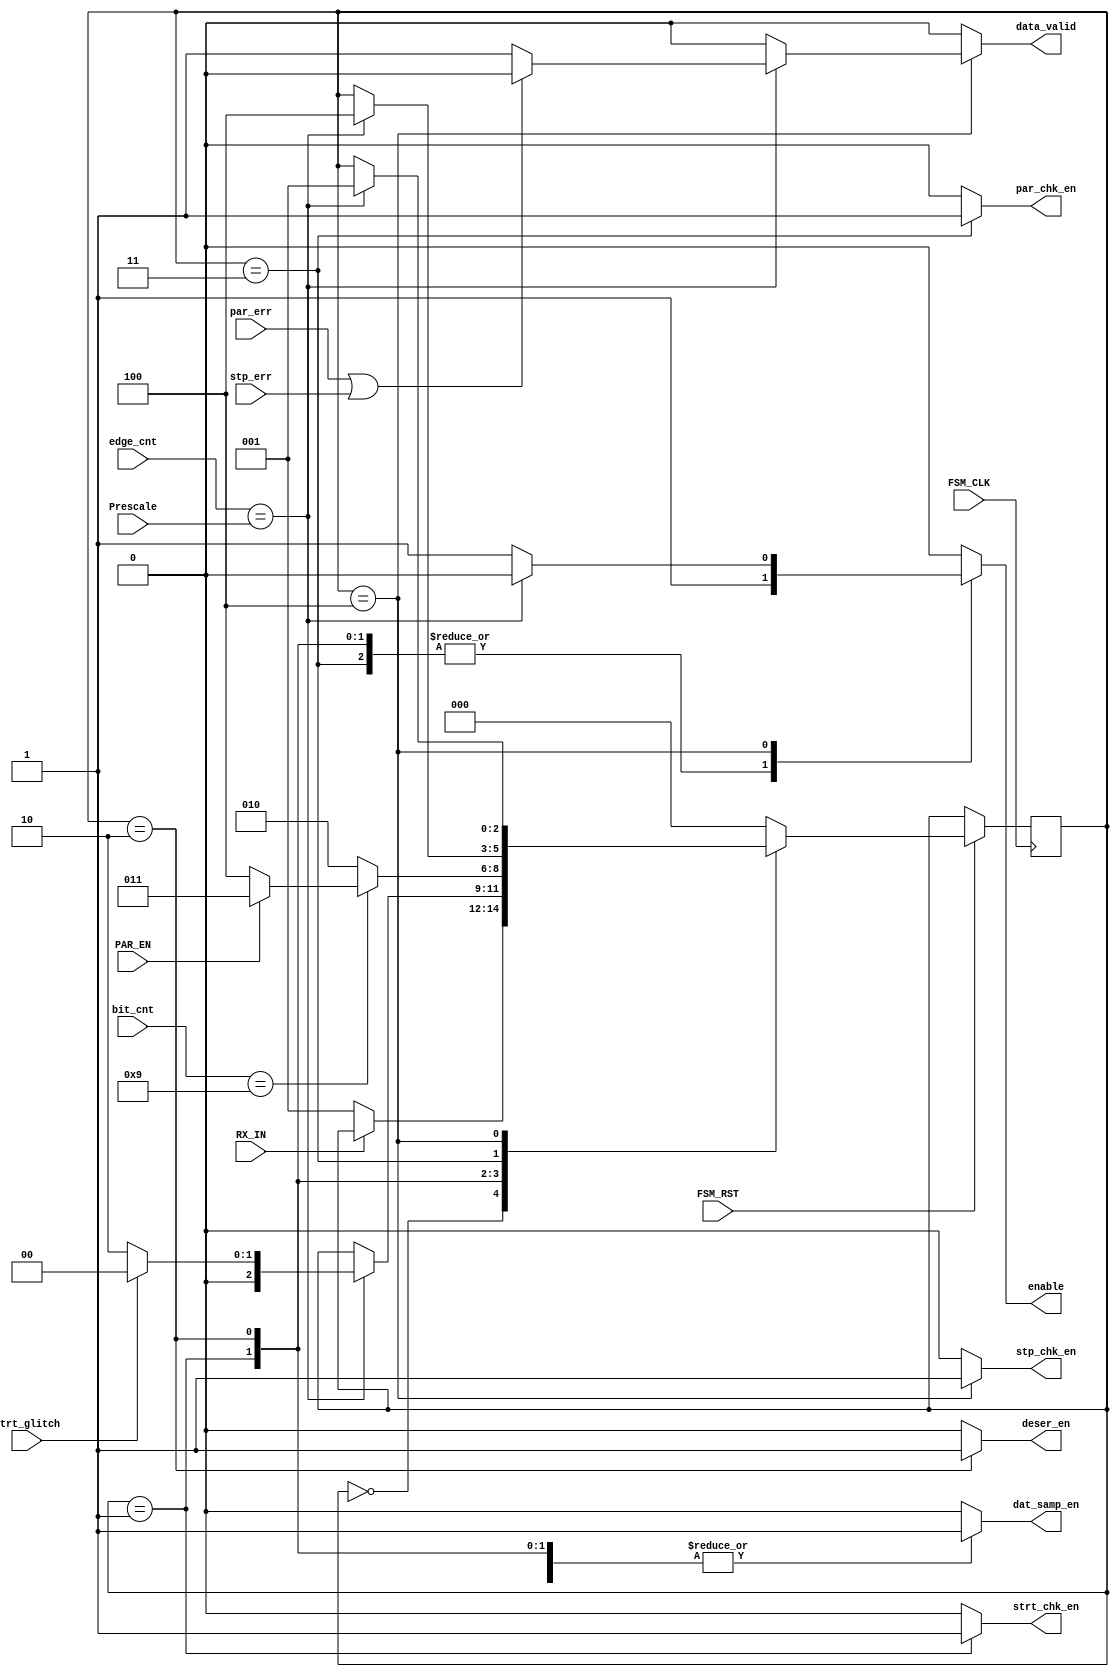
module FSM (
input   wire            FSM_CLK,
input   wire            FSM_RST,
input   wire            PAR_EN,
input   wire            RX_IN,
input   wire    [4:0]   edge_cnt,
input   wire    [3:0]   bit_cnt,
input   wire            par_err,
input   wire            strt_glitch,
input   wire            stp_err,
input   wire    [4:0]   Prescale, // ??
output  reg             enable,
output  reg             dat_samp_en,
output  reg             strt_chk_en,
output  reg             par_chk_en,
output  reg             stp_chk_en,
output  reg             data_valid,
output  reg             deser_en
);

// States Defination 
localparam  IDLE            = 'b000;
localparam  START_CHECK     = 'b001;
localparam  DATA_CHECK      = 'b010;
localparam  PARITY_CHECK    = 'b011;
localparam  STOP_CHECK      = 'b100;

// States Variables
reg     [2:0]   Current_State , Next_State;


// Current state logic
always @(posedge FSM_CLK or negedge FSM_RST) 
begin
    if(!FSM_RST)
        begin
            Current_State <= Current_State; 
        end
    else
        begin
            Current_State <= Next_State;
        end
end


//  Next state logic
always @(*)
begin
    case (Current_State)
        IDLE: 
            begin
                if(!RX_IN)
                    begin 
                        Next_State = START_CHECK;
                    end
                else
                    begin   
                        Next_State = Current_State;
                    end
            end 
        START_CHECK:
            begin
                if(edge_cnt == Prescale)
                    begin
                        if(strt_glitch)
                            Next_State = IDLE;
                        else
                            Next_State = DATA_CHECK;
                    end
                else
                    begin   
                        Next_State = Current_State;
                    end                    
            end
        DATA_CHECK:
            begin
                if(bit_cnt == 9)
                    begin
                        if(PAR_EN)
                            Next_State = PARITY_CHECK;
                        else
                            Next_State = STOP_CHECK;
                    end
                else
                    begin
                        Next_State = DATA_CHECK;
                    end
            end
        PARITY_CHECK:
            begin
                if(edge_cnt == Prescale)
                    begin
                        Next_State = STOP_CHECK;
                    end
                else
                    begin
                        Next_State = Current_State;
                    end
            end
        STOP_CHECK:
            begin
                if(edge_cnt == Prescale)
                    begin
                        Next_State = START_CHECK;
                    end
                else
                    begin
                        Next_State = Current_State;
                    end
            end
        default:
            begin
                Next_State = IDLE;
            end
    endcase
end


// Output logic
always @(*)
begin
        enable      = 1'b0;
        dat_samp_en = 1'b0;
        strt_chk_en = 1'b0;
        par_chk_en  = 1'b0;
        stp_chk_en  = 1'b0;
        deser_en    = 1'b0;
        data_valid  = 1'b0;

    case(Current_State)
    IDLE    : begin
                enable      = 1'b0;
                dat_samp_en = 1'b0;
                strt_chk_en = 1'b0;
                par_chk_en  = 1'b0;
                stp_chk_en  = 1'b0;
                deser_en    = 1'b0;
                data_valid  = 1'b0;
                end
    START_CHECK   : begin
                enable      = 1'b1;
                dat_samp_en = 1'b1;
                strt_chk_en = 1'b1;
                par_chk_en  = 1'b0;
                stp_chk_en  = 1'b0;
                deser_en    = 1'b0;
                data_valid  = 1'b0;
                end	
    DATA_CHECK    : begin
                enable      = 1'b1;
                dat_samp_en = 1'b1;
                strt_chk_en = 1'b0;
                par_chk_en  = 1'b0;
                stp_chk_en  = 1'b0;                
                deser_en    = 1'b1;
                data_valid  = 1'b0;
                end
    PARITY_CHECK  : begin
                enable      = 1'b1;
                dat_samp_en = 1'b1;
                strt_chk_en = 1'b0;
                par_chk_en  = 1'b1;
                stp_chk_en  = 1'b0;                
                deser_en    = 1'b0;
                data_valid  = 1'b0;
                end
    STOP_CHECK    : begin
                enable      = 1'b1;
                dat_samp_en = 1'b1;
                strt_chk_en = 1'b0;
                par_chk_en  = 1'b0;
                stp_chk_en  = 1'b1;                
                deser_en    = 1'b0;
                    if(edge_cnt == Prescale)
                        begin
                            if(par_err || stp_err)
                                begin
                                    data_valid  = 1'b0;
                                    enable = 1'b0;
                                end
                            else
                                begin
                                    data_valid  = 1'b1;
                                    enable = 1'b0;
                                end
                        end
                end

    default : begin
                enable      = 1'b0;
                dat_samp_en = 1'b0;
                strt_chk_en = 1'b0;
                par_chk_en  = 1'b0;
                stp_chk_en  = 1'b0;                
                deser_en    = 1'b0;
                data_valid  = 1'b0;
                end			  
    endcase
end	






endmodule